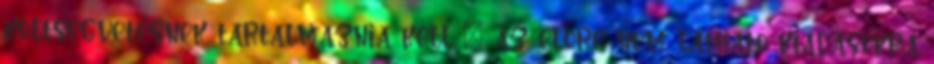
költségvetésnek tartalmaznia kell – az előre nem látható kiadásokra